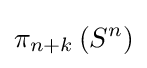
\pi _{n+k}\left(S^{n}\right)